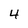
Character: 4